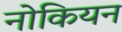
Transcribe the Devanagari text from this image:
नोकियन